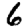
Digit: 6